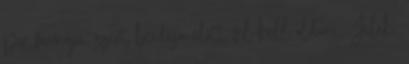
por formájú, ezért beadása előtt fel kell oldani. Jelek,